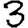
Digit: 3